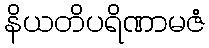
နိယတိပရိဏာမဇံ